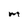
Character: M